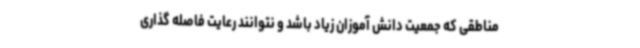
مناطقی که جمعیت دانش آموزان زیاد باشد و نتوانند رعایت فاصله گذاری